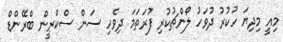
މިއީ މިދިޔަ ހުކުރު ދުވަހު ލޯންޗުކުރި ފުރަތަމަ ދިވެހި ސަން ސްކްރީން ބްރޭންޑް